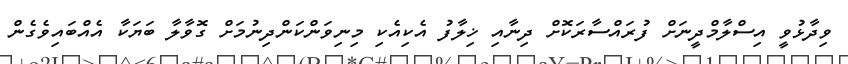
ވިދާޅުވީ އިސްލާމްދީނަށް ފުރައްސާރަކޮށް ދިނާއި ޚިލާފު އެކިއެކި މިނިވަންކަންދިނުމަށް ގޮވާލާ ބަޔަކާ އެއްބައިވެގެން